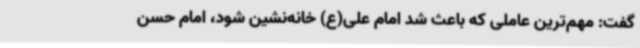
گفت: مهم‌ترین عاملی که باعث شد امام علی(ع) خانه‌نشین شود، امام حسن